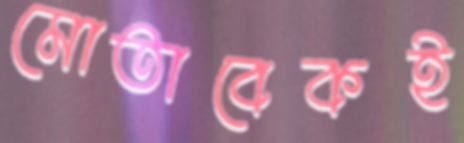
মোতাবেকই